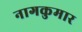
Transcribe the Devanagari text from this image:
नागकुमार